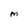
Character: M